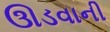
ઊડવાની